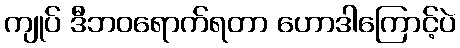
ကျုပ် ဒီဘဝရောက်ရတာ ဟောဒါကြောင့်ပဲ